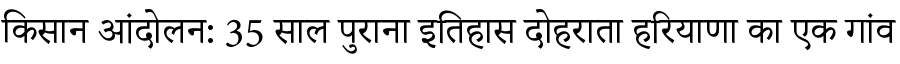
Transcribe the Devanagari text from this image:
किसान आंदोलन: 35 साल पुराना इतिहास दोहराता हरियाणा का एक गांव